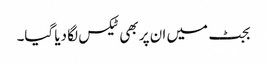
بجٹ میں ان پر بھی ٹیکس لگا دیا گیا۔